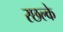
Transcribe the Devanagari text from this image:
स्छल्के